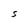
Character: s